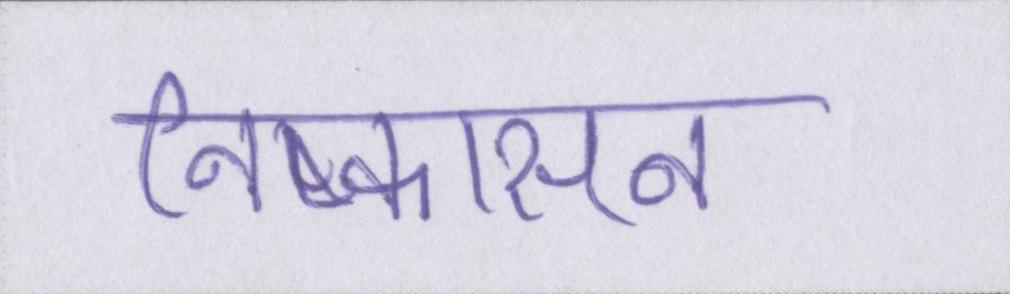
निष्कासन